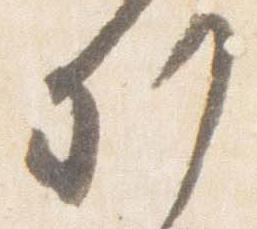
列